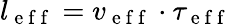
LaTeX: l_{\mathrm{~e~f~f~}}=v_{\mathrm{~e~f~f~}}\cdot\tau_{\mathrm{~e~f~f~}}